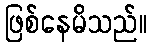
ဖြစ်နေမိသည်။